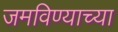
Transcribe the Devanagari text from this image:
जमविण्याच्या